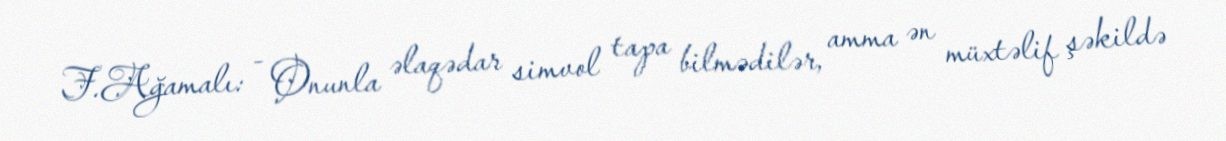
F.Ağamalı: - Onunla əlaqədar simvol tapa bilmədilər, amma ən müxtəlif şəkildə